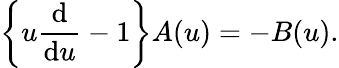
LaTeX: \left\{ u\frac{\mathrm{d}}{\mathrm{d}u}-1\right\} A(u)=-B(u).